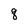
Character: q